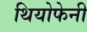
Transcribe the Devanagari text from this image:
थियोफेनी